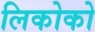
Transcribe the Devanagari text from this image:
लिकोको